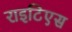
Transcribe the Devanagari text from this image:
राइटिएस